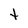
Character: t